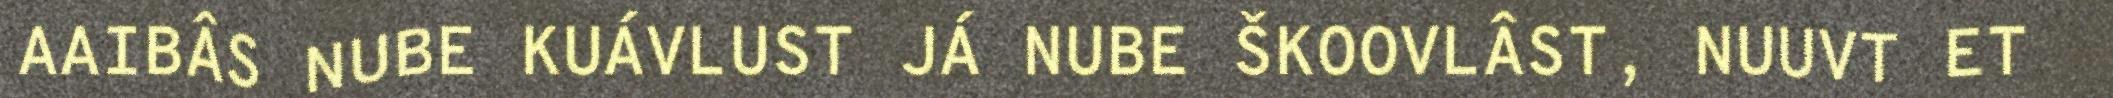
AAIBÂS NUBE KUÁVLUST JÁ NUBE ŠKOOVLÂST, NUUVT ET